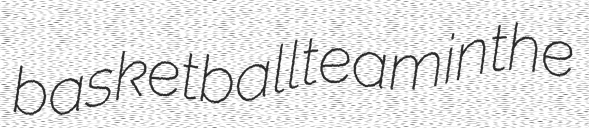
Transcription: basketball team in the